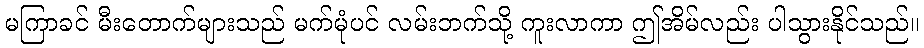
မကြာခင် မီးတောက်များသည် မက်မုံပင် လမ်းဘက်သို့ ကူးလာကာ ဤအိမ်လည်း ပါသွားနိုင်သည်။